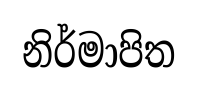
නිර්මාපිත